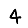
Digit: 4